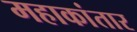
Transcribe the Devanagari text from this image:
महाकांतार